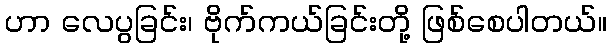
ဟာ လေပွခြင်း၊ ဗိုက်ကယ်ခြင်းတို့ ဖြစ်စေပါတယ်။